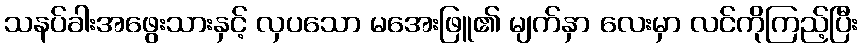
သနပ်ခါးအဖွေးသားနှင့် လှပသော မအေးဖြူ၏ မျက်နှာ လေးမှာ လင်ကိုကြည့်ပြီး